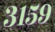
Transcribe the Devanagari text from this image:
३१५९